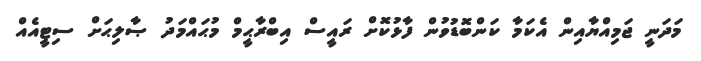
މަދަނީ ޖަމިއްޔާއިން އެކަމާ ކަންބޮޑުވުން ފާޅުކޮށް ރައީސް އިބްރާޙީމް މުޙައްމަދު ޞާލިޙަށް ސިޓީއެއް